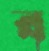
ব